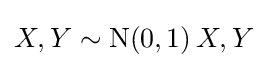
X,Y\sim {\textrm {N}}(0,1)\,X,Y